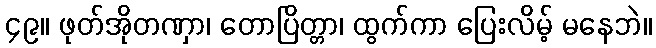
၄၉။ ဖုတ်အိုတဏှာ၊ တောပြိတ္တာ၊ ထွက်ကာ ပြေးလိမ့် မနေဘဲ။